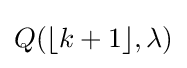
Q(\lfloor k+1\rfloor ,\lambda )